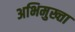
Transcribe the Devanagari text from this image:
अभिमुख्ता